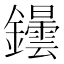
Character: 𲇬